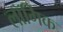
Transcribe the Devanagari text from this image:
लॉगिक